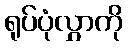
ရုပ်ပုံလွှာကို